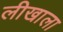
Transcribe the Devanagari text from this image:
लीखाला